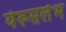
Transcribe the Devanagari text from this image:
येरूसलेभ